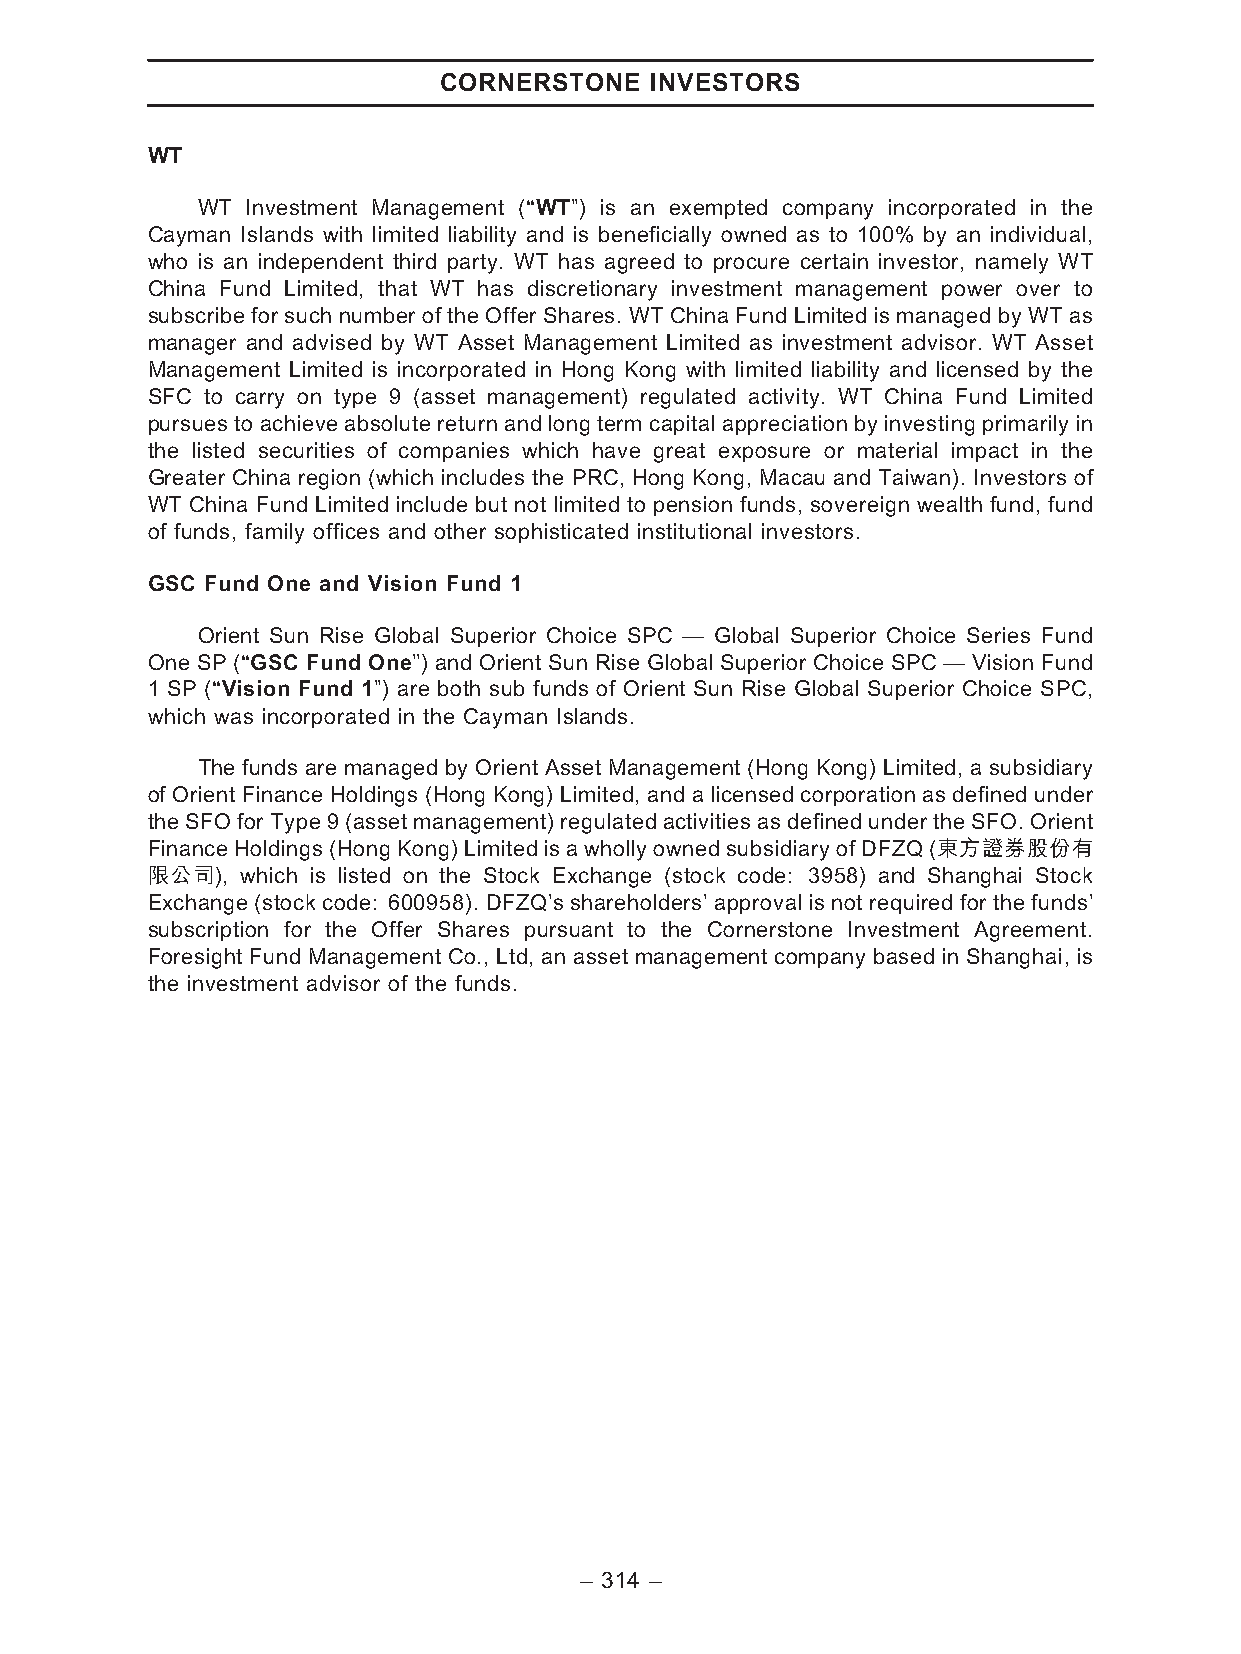
CORNERSTONE   INVESTORS
 WT
 WT Investment Management (‘‘WT’’) is an exempted company incorporated in the
 Cayman Islands with limited liability and is beneficially owned as to 100% by an individual,
 who is an independent third party. WT has agreed to procure certain investor, namely WT
 China Fund Limited, that WT has discretionary investment management power over to
 subscribe for such number of the Offer Shares. WT China Fund Limited is managed by WT as
 manager and advised by WT Asset Management Limited as investment advisor. WT Asset
 Management Limited is incorporated in Hong Kong with limited liability and licensed by the
 SFC to carry on type 9 (asset management) regulated activity. WT China Fund Limited
 pursues to achieve absolute return and long term capital appreciation by investing primarily in
 the listed securities of companies which have great exposure or material impact in the
 Greater China region (which includes the PRC, Hong Kong, Macau and Taiwan). Investors of
 WT China Fund Limited include but not limited to pension funds, sovereign wealth fund, fund
 of funds, family offices and other sophisticated institutional investors.
 GSC Fund One and Vision Fund 1
 Orient Sun Rise Global Superior Choice SPC — Global Superior Choice Series Fund
 One SP (‘‘GSC Fund One’’) and Orient Sun Rise Global Superior Choice SPC — Vision Fund
 1 SP (‘‘Vision Fund 1’’) are both sub funds of Orient Sun Rise Global Superior Choice SPC,
 which was incorporated in the Cayman Islands.
 The funds are managed by Orient Asset Management (Hong Kong) Limited, a subsidiary
 of Orient Finance Holdings (Hong Kong) Limited, and a licensed corporation as defined under
 theSFOfor Type 9 (assetmanagement) regulated activitiesasdefined underthe SFO. Orient
 FinanceHoldings(HongKong)LimitedisawhollyownedsubsidiaryofDFZQ(東方證券股份有
 限公司), which is listed on the Stock Exchange (stock code: 3958) and Shanghai Stock
 Exchange (stock code: 600958). DFZQ’s shareholders’ approval is not required for the funds’
 subscription for the Offer Shares pursuant to the Cornerstone Investment Agreement.
 Foresight Fund Management Co., Ltd, an asset management company based in Shanghai, is
 the investment advisor of the funds.
 – 314 –